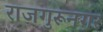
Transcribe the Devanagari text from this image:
राजगुरूनगर